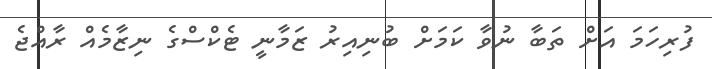
ފުރިހަަމަ އަށް ތަބާ ނުވާ ކަމަށް ބުނިއިރު ޒަމާނީ ޓެކްސްގެ ނިޒާމެއް ރާއްޖެ